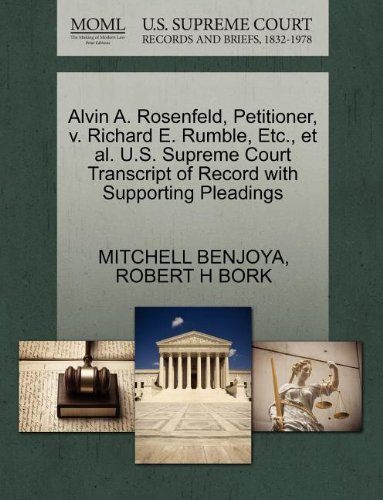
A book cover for Alvin A. Rosenfeld, Petitioner, v. Richard E. Rumble, Etc., et al. U.S. Supreme Court Transcript of Record with Supporting Pleadings; MITCHELL BENJOYA; Law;